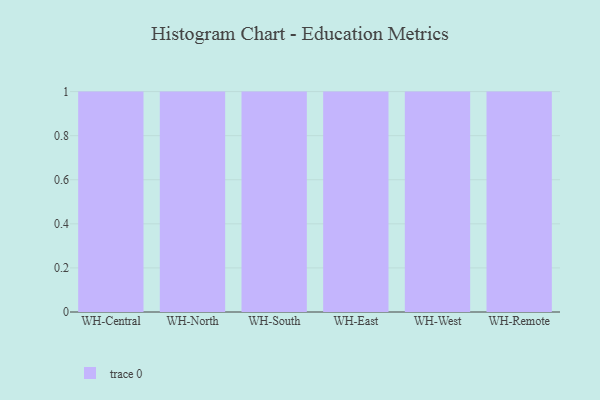
{"axis": {"x": "Warehouse", "y": "Revenue (USD Million)"}, "legend": [""], "data": [{"x": "WH-Central", "y": 77, "type": ""}, {"x": "WH-North", "y": 19, "type": ""}, {"x": "WH-South", "y": 46, "type": ""}, {"x": "WH-East", "y": 72, "type": ""}, {"x": "WH-West", "y": 51, "type": ""}, {"x": "WH-Remote", "y": 59, "type": ""}]}